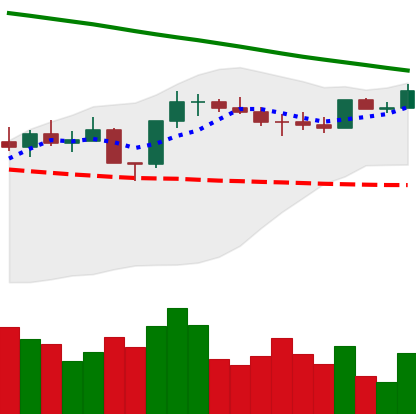
Ticker: ETH-USD
Chart end date: 2022-08-08
Forward return: 11.592%
Label: up_7plus